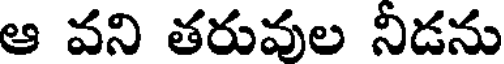
ఆ వని తరువుల నీడను